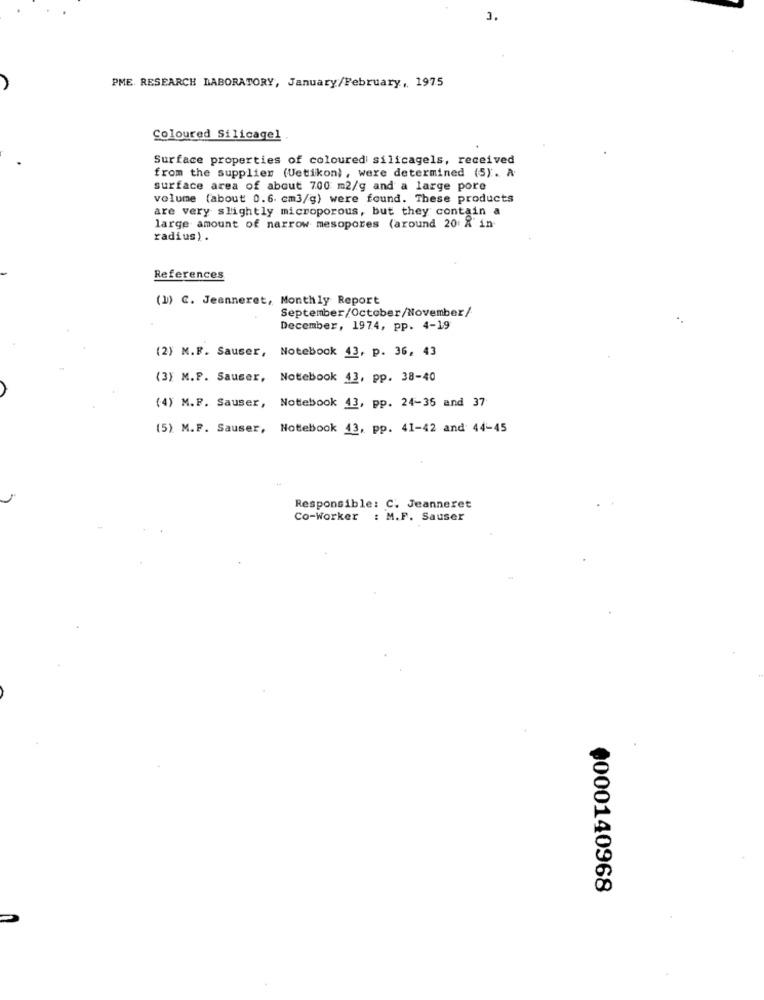
3.
PME. RESEARCH LABORATORY, January/February, 1975
Coloured Silicagel
Surface properties of coloured silicagels, received
from the supplier (Uetikon), were determined (5). A
surface area of about 700 m2/g and a large pore
volume (about 0.6. cm3/g) were found. These products
are very slightly microporous, but they contain a
large amount of narrow mesopores (around 20: &' in
radius) .
References
(1) C. Jeanneret, Monthly Report
September/October/November/
December, 1974, pp. 4-19
(2) M.F. Sauser, Notebook 43, p. 36, 43
(3) M.P. Sauser, Notebook 43, pp. 38-40
(4) M.F. Sauser, Notebook 43, pp. 24-35 and 37
(5) M.F. Sauser, Notebook 13, pp. 41-42 and 44-45
Responsible: C. Jeanneret
Co-Worker : M.F. Sauser
0000140968